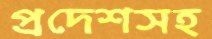
প্রদেশসহ